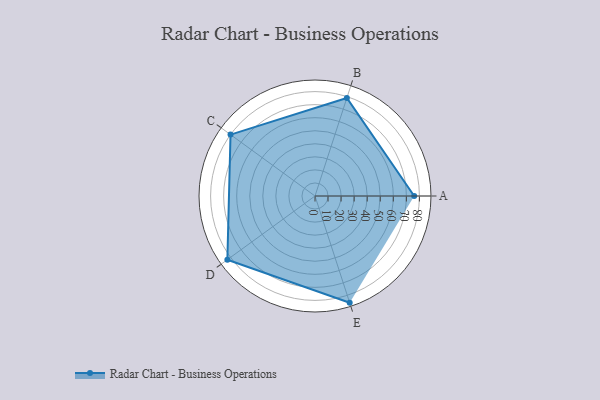
{"axis": {"x": "Skill", "y": "Score"}, "legend": ["Profile"], "data": [{"x": "A", "y": 76.0, "type": "Profile"}, {"x": "B", "y": 79.0, "type": "Profile"}, {"x": "C", "y": 80.0, "type": "Profile"}, {"x": "D", "y": 83.0, "type": "Profile"}, {"x": "E", "y": 86.0, "type": "Profile"}]}